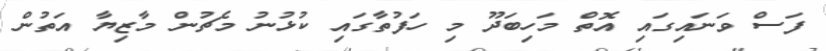
ފަސް ވަނައިގައި އޮތް މަހިބަދޫ މި ހަފުތާގައި ކުޅުނު މެޗުން މާޒިޔާ އަތުން